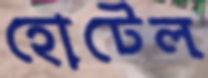
হোটেল